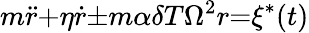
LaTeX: m{\ddot{r}}{+}{\eta}{\dot{r}}{\pm}m{\alpha}{\delta}T{\Omega}^{2}r{=}{\xi}^{\ast}(t)